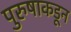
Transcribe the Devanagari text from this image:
पुरुषाकडून